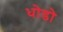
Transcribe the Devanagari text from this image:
धोडो